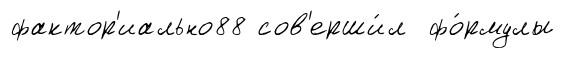
фактор'иально88 сов'ерши́л фо́рмулы